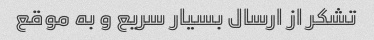
تشکر از ارسال بسیار سریع و به موقع